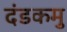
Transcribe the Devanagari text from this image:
दंडकमु